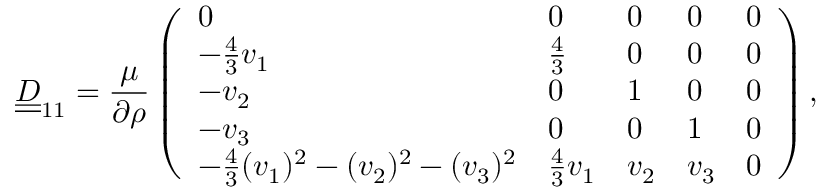
\underline { { \underline { { D } } } } _ { 1 1 } = \frac { \mu } { \partial \rho } \left( \begin{array} { l l l l l } { 0 } & { 0 } & { 0 } & { 0 } & { 0 } \\ { - \frac { 4 } { 3 } v _ { 1 } } & { \frac { 4 } { 3 } } & { 0 } & { 0 } & { 0 } \\ { - v _ { 2 } } & { 0 } & { 1 } & { 0 } & { 0 } \\ { - v _ { 3 } } & { 0 } & { 0 } & { 1 } & { 0 } \\ { - \frac { 4 } { 3 } ( v _ { 1 } ) ^ { 2 } - ( v _ { 2 } ) ^ { 2 } - ( v _ { 3 } ) ^ { 2 } } & { \frac { 4 } { 3 } v _ { 1 } } & { v _ { 2 } } & { v _ { 3 } } & { 0 } \end{array} \right) ,